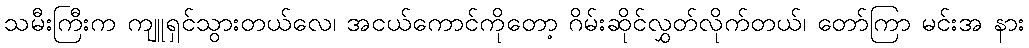
သမီးကြီးက ကျူရှင်သွားတယ်လေ၊ အငယ်ကောင်ကိုတော့ ဂိမ်းဆိုင်လွှတ်လိုက်တယ်၊ တော်ကြာ မင်းအ နား